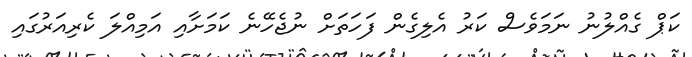
ކަޕް ގެއްލުނު ނަމަވެސް ކަރު އެލިގެން ފަހަތަށް ނުޖެހޭނެ ކަމަށާއި އަމިއްލަ ކެރިއަރުގައި